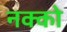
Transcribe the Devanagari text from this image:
नक्को